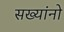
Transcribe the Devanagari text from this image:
सख्यांनो